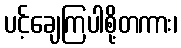
ပင့်ချေကြပါစို့တကား၊